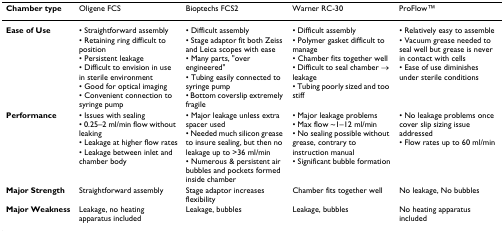
<table><thead><tr><td><b>Chamber type</b></td><td><b>Oligene FCS</b></td><td><b>Bioptechs FCS2</b></td><td><b>Warner RC-30</b></td><td><b>ProFlowTM</b></td></tr></thead><tbody><tr><td><b>Ease of Use</b></td><td>• Straightforward assembly• Retaining ring difficult to position• Persistent leakage• Difficult to envision in use in sterile environment• Good for optical imaging• Convenient connection to syringe pump</td><td>• Difficult assembly• Stage adaptor fit both Zeiss and Leica scopes with ease• Many parts, &quot;over engineered&quot;• Tubing easily connected to syringe pump• Bottom coverslip extremely fragile</td><td>• Difficult assembly• Polymer gasket difficult to manage• Chamber fits together well• Difficult to seal chamber → leakage• Tubing poorly sized and too stiff</td><td>• Relatively easy to assemble• Vacuum grease needed to seal well but grease is never in contact with cells• Ease of use diminishes under sterile conditions</td></tr><tr><td><b>Performance</b></td><td>• Issues with sealing• 0.25–2 ml/min flow without leaking• Leakage at higher flow rates• Leakage between inlet and chamber body</td><td>• Major leakage unless extra spacer used• Needed much silicon grease to insure sealing, but then no leakage up to &gt;36 ml/min• Numerous &amp; persistent air bubbles and pockets formed inside chamber</td><td>• Major leakage problems• Max flow ~1–12 ml/min• No sealing possible without grease, contrary to instruction manual• Significant bubble formation</td><td>• No leakage problems once cover slip sizing issue addressed• Flow rates up to 60 ml/min</td></tr><tr><td><b>Major Strength</b></td><td>Straightforward assembly</td><td>Stage adaptor increases flexibility</td><td>Chamber fits together well</td><td>No leakage, No bubbles</td></tr><tr><td><b>Major Weakness</b></td><td>Leakage, no heating apparatus included</td><td>Leakage, bubbles</td><td>Leakage, bubbles</td><td>No heating apparatus included</td></tr></tbody></table>